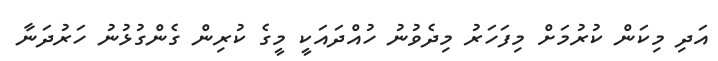
އަދި މިކަން ކުރުމަށް މިފަހަރު މިދެވުނު ހުއްދައަކީ މީގެ ކުރިން ގެންގުޅުނު ހަރުދަނާ